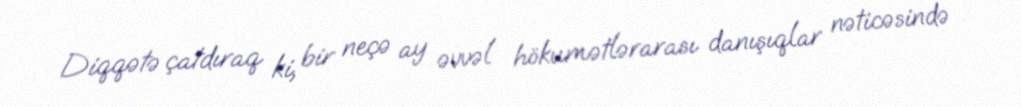
Diqqətə çatdıraq ki, bir neçə ay əvvəl hökumətlərarası danışıqlar nəticəsində